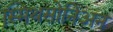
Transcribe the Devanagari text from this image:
स्मिथसोनिअन